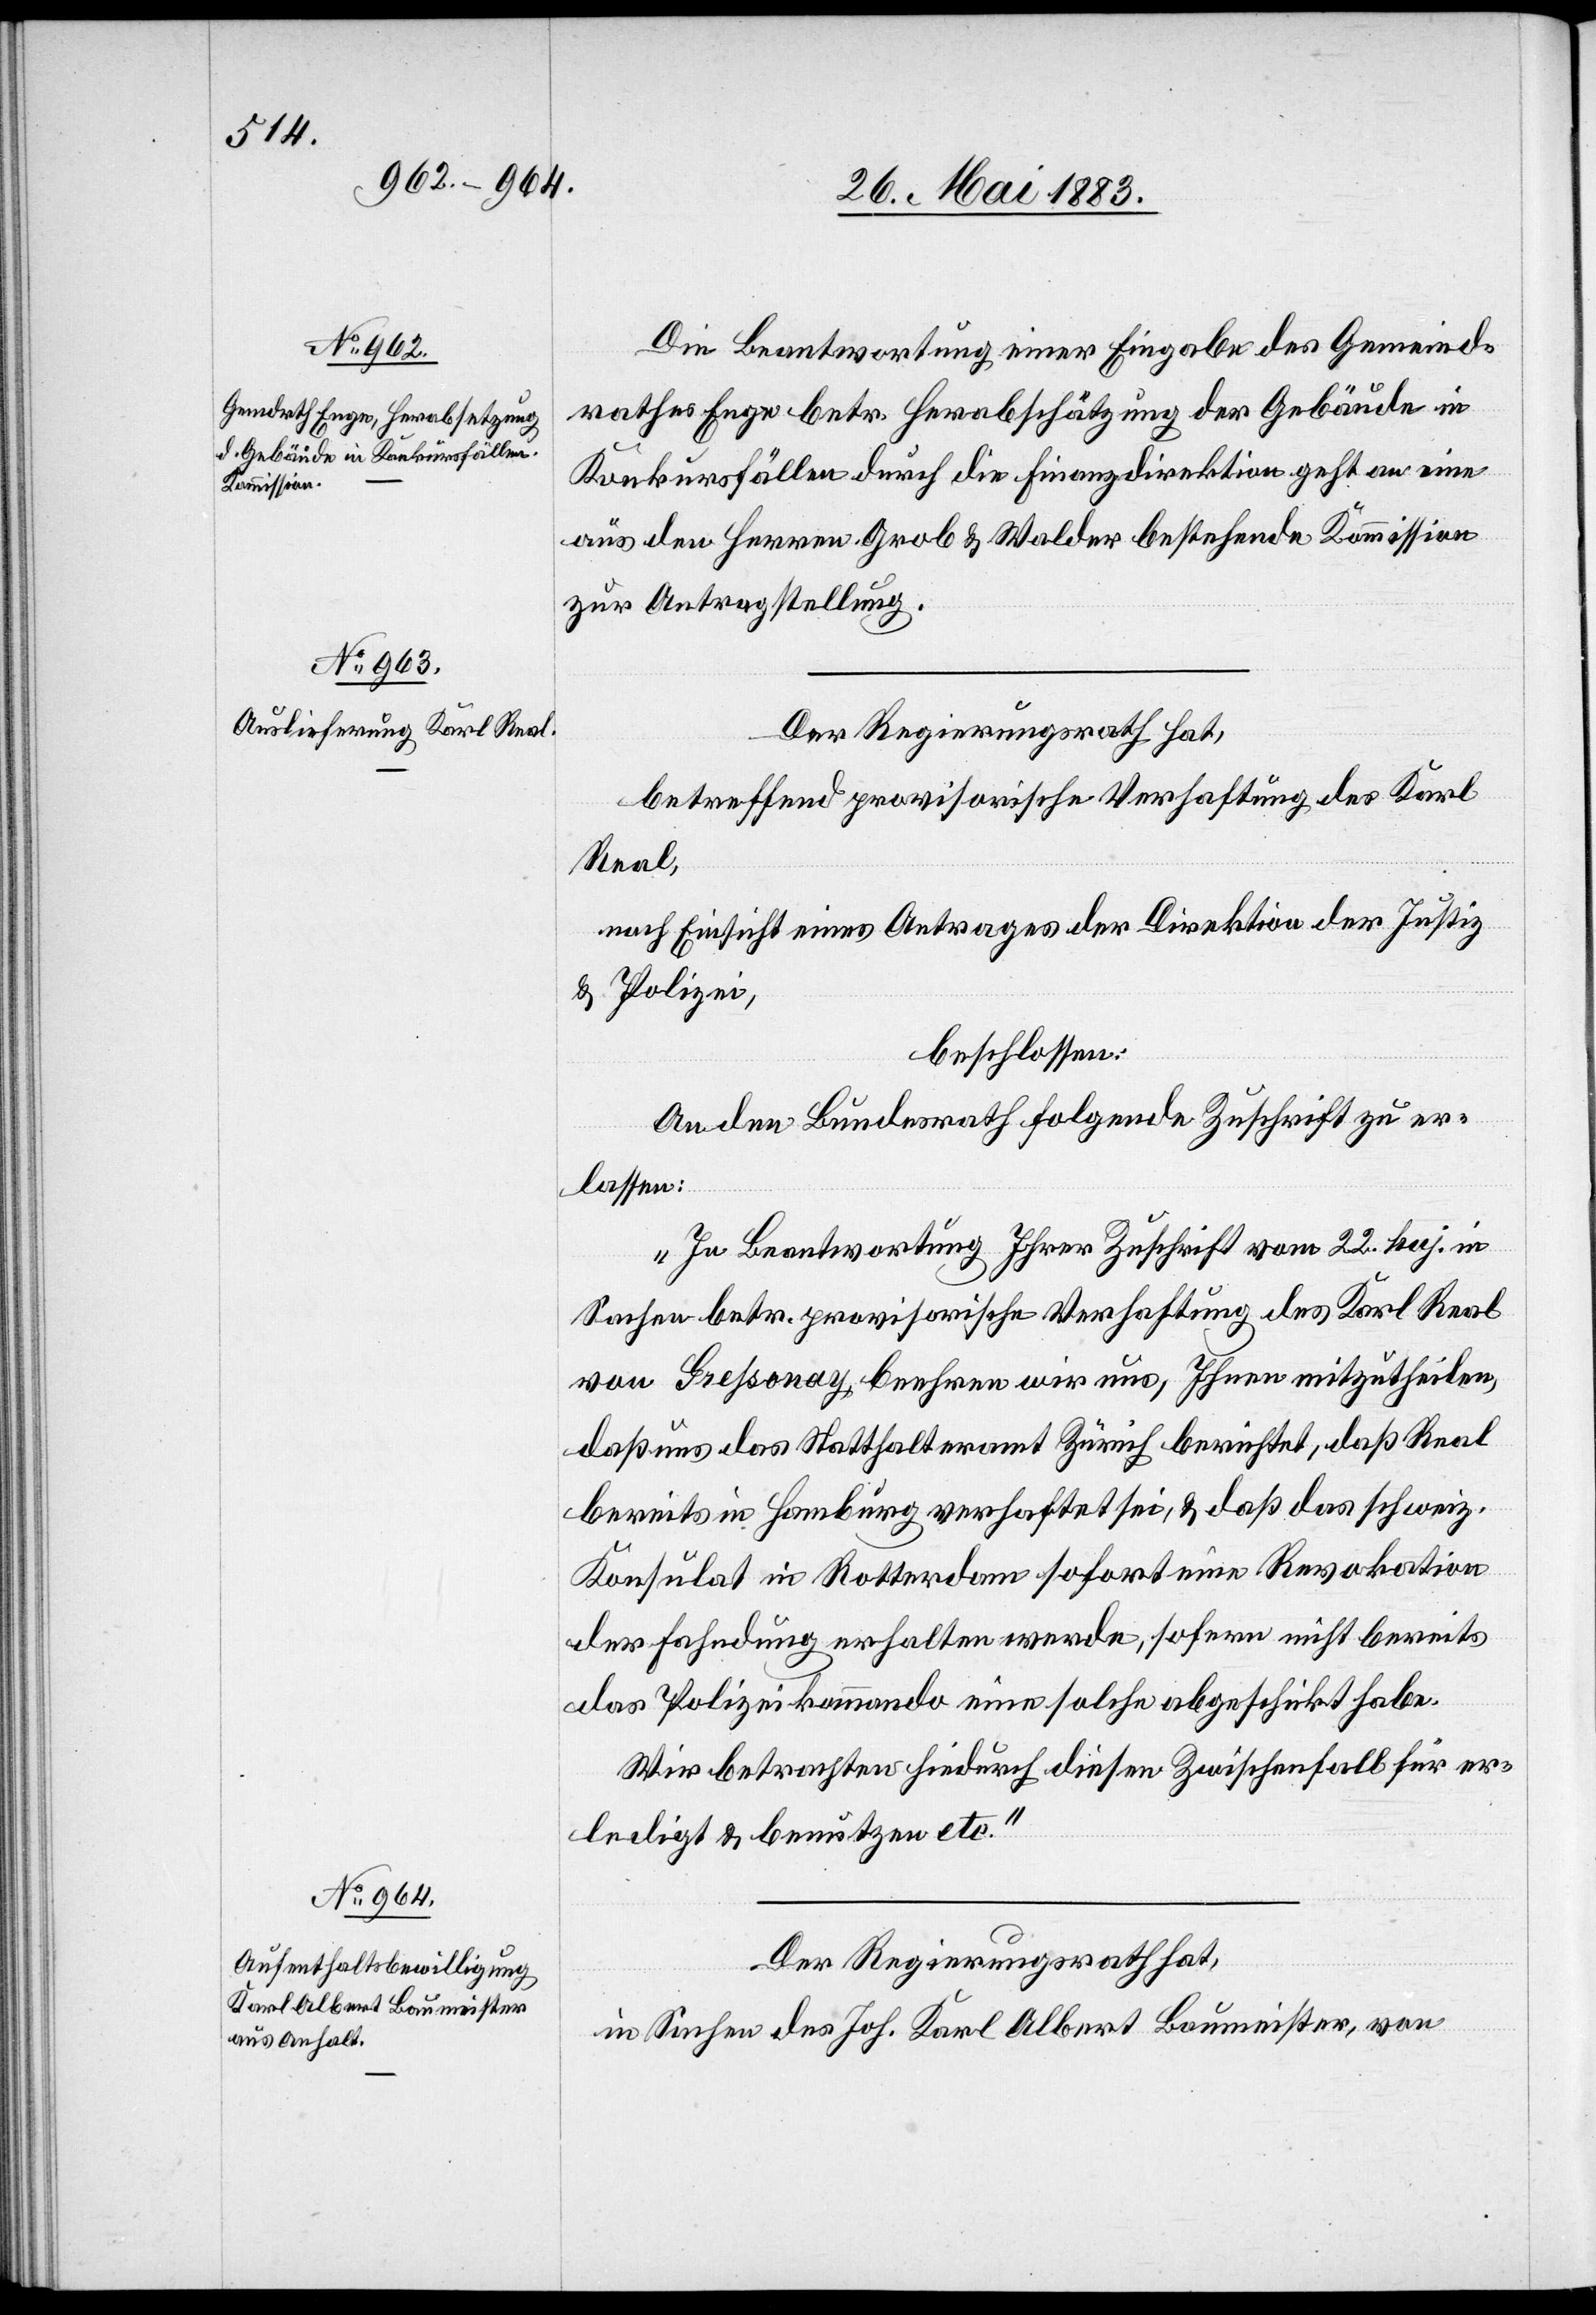
Die Beantwortung einer Eingabe des Gemeind¬
rathes Enge betr. Herabschätzung der Gebäude in
Konkursfällen durch die Finanzdirektion geht an eine
aus den Herren Grob & Walder bestehende Kommission
zur Antragstellung.
Der Regierungsrath hat,
betreffend provisorische Verhaftung des Karl
Real,
nach Einsicht eines Antrages der Direktion der Justiz
& Polizei,
beschlossen:
An den Bundesrath folgende Zuschrift zu er¬
lassen:
„In Beantwortung Ihrer Zuschrift vom 22. huj. in
Sachen betr. provisorische Verhaftung des Karl Real
von Greßonay, beehren wir uns, Ihnen mitzutheilen,
daß uns das Statthalteramt Zürich berichtet, daß Real
bereits in Hamburg verhaftet sei, & daß das schweiz.
Konsulat in Rotterdamm sofort eine Revokation
der Fahndung erhalten werde, sofern nicht bereits
das Polizeikommando eines solche abgeschickt habe.
Wir betrachten hiedurch diesen Zwischenfall für er¬
ledigt & benutzen etc.“
Der Regierungsrath hat,
in Sachen des Joh. Karl Albert Baumeister, von